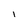
Character: l